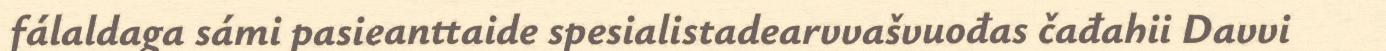
fálaldaga sámi pasieanttaide spesialistadearvvašvuođas čađahii Davvi